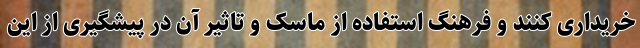
خریداری کنند و فرهنگ استفاده از ماسک و تاثیر آن در پیشگیری از این